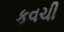
કવચી